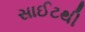
સાઈટથી